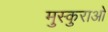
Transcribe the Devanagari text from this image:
मुस्कुराओ